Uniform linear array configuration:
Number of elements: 12
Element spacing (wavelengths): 0.5
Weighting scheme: exponential
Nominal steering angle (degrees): -15
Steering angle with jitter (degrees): -14.482
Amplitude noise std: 0.05
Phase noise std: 0.05

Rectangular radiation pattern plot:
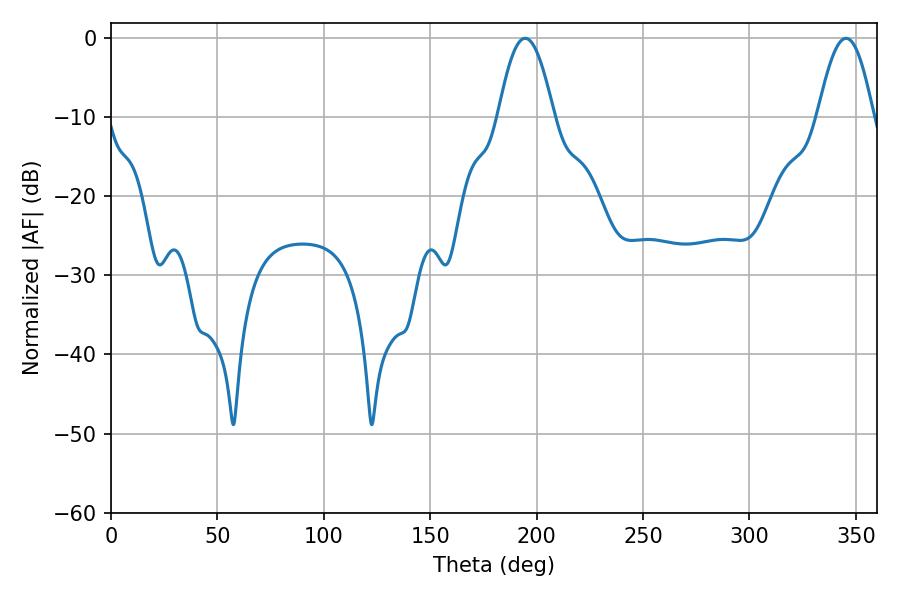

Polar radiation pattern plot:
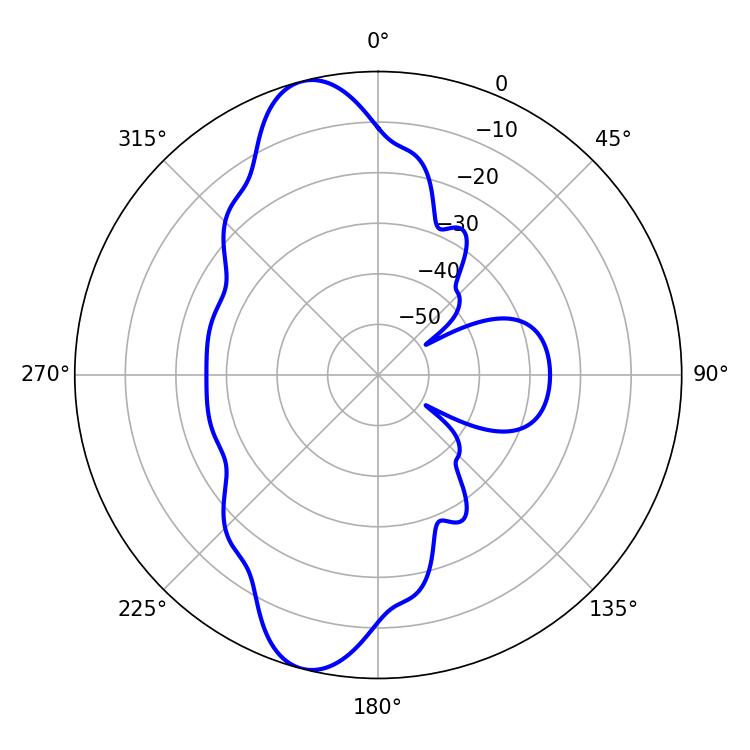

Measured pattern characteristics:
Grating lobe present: FALSE
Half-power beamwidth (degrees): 14.22
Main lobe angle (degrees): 194.58